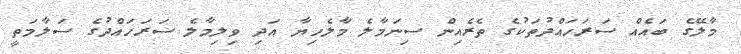
މާލޭގެ ބައެއް ސަރަހައްދުތަކުގެ ތެރެއިން ސިނަމާލެ މާލެހިޔާ އަދި ވިލިމާލެ ސަރަހައްދުގެ ސަލާމަތީ